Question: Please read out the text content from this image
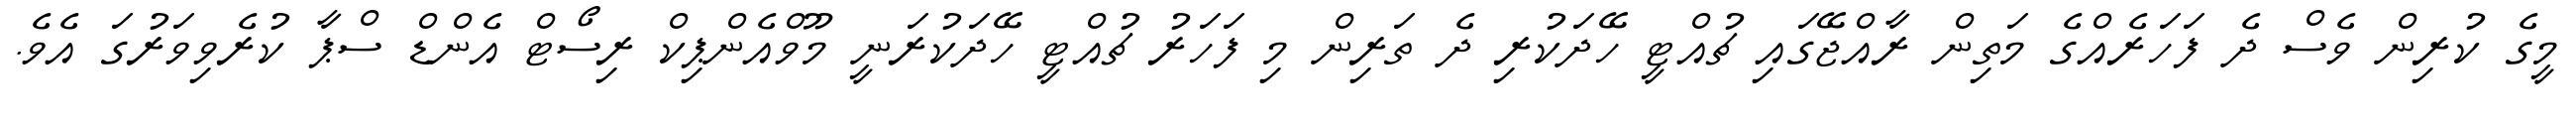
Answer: މީގެ ކުރިން ވެސް ދެ ފަހަރެއްގެ މަތިން ރާއްޖޭގައި ޗުއްޓީ ހޭދަކުރި ދެ ތަރިން މި ފަހަރު ޗުއްޓީ ހޭދަކުރަނީ މޫވްއެންޕިކް ރިސޯޓް އެންޑް ސްޕާ ކުރެވިވަރުގަ އެވެ.